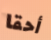
أحقا